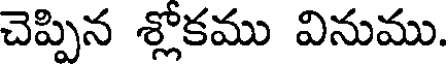
చెప్పిన శ్లోకము వినుము.